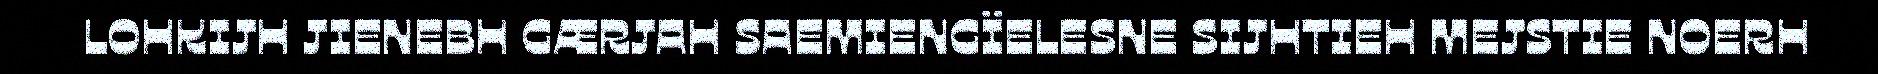
LOHKIJH JIENEBH GÆRJAH SAEMIENGÏELESNE SIJHTIEH MEJSTIE NOERH